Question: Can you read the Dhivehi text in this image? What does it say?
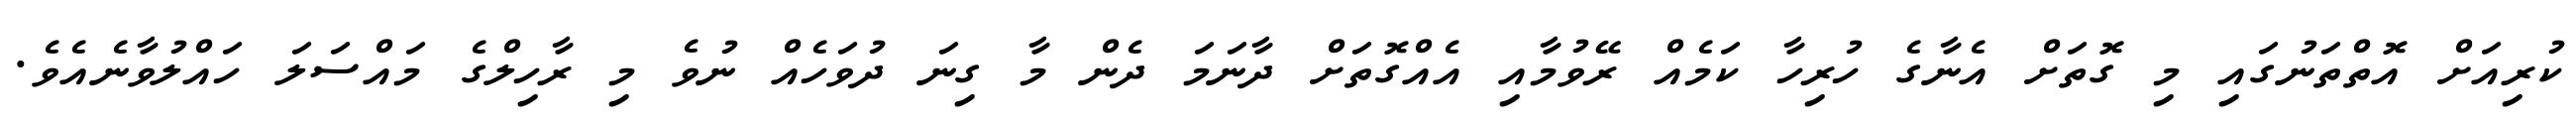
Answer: ކުރިއަށް އޮތްތަނުގައި މި ގޮތަށް އެނާގެ ހުރިހާ ކަމެއް ރޭވުމާއި އެއްގޮތަށް ދާނަމަ ދެން މާ ގިނަ ދުވަހެއް ނުވެ މި ރާހިލްގެ މައްސަލަ ހައްލުވާނެއެވެ.